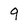
Character: 9